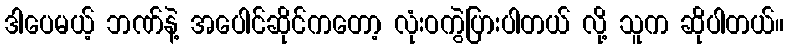
ဒါပေမယ့် ဘဏ်နဲ့ အပေါင်ဆိုင်ကတော့ လုံးဝကွဲပြားပါတယ် လို့ သူက ဆိုပါတယ်။